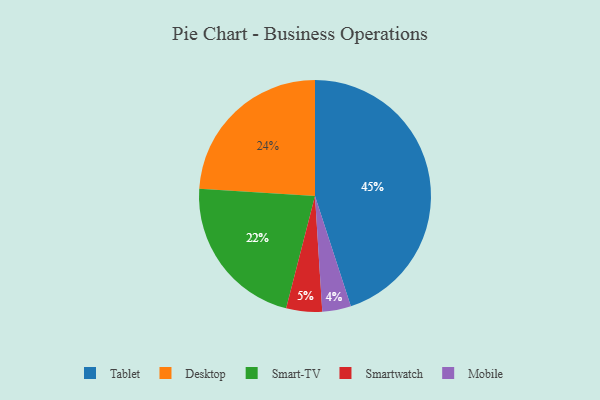
{"axis": {"x": "Category", "y": "Percentage"}, "legend": ["Desktop", "Mobile", "Smart-TV", "Smartwatch", "Tablet"], "data": [{"x": "Tablet", "y": 45, "type": "Tablet"}, {"x": "Mobile", "y": 4, "type": "Mobile"}, {"x": "Desktop", "y": 24, "type": "Desktop"}, {"x": "Smart-TV", "y": 22, "type": "Smart-TV"}, {"x": "Smartwatch", "y": 5, "type": "Smartwatch"}]}